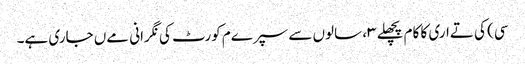
سی) کی تےاری کا کام پچھلے ۳، سالوں سے سپرےم کورٹ کی نگرانی مےں جاری ہے۔